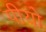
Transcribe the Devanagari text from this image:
पीयो